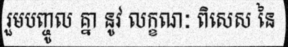
រួមបញ្ចូល គ្នា នូវ លក្ខណៈ ពិសេស នៃ